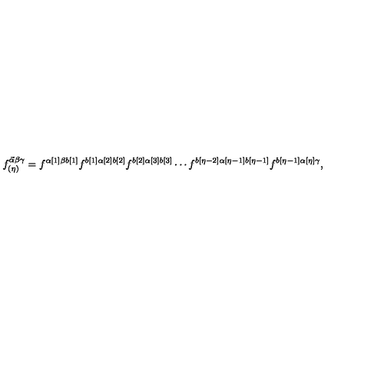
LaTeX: f _ { ( \eta ) } ^ { \vec { \alpha } \beta \gamma } = f ^ { \alpha [ 1 ] \beta b [ 1 ] } f ^ { b [ 1 ] \alpha [ 2 ] b [ 2 ] } f ^ { b [ 2 ] \alpha [ 3 ] b [ 3 ] } \cdots f ^ { b [ \eta - 2 ] \alpha [ \eta - 1 ] b [ \eta - 1 ] } f ^ { b [ \eta - 1 ] \alpha [ \eta ] \gamma } ,